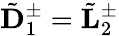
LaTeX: \tilde{\mathbf D}_{1}^{\pm}=\tilde{\mathbf L}_{2}^{\pm}